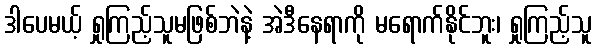
ဒါပေမယ့် ရှုကြည့်သူမဖြစ်ဘဲနဲ့ အဲဒီနေရာကို မရောက်နိုင်ဘူး၊ ရှုကြည့်သူ